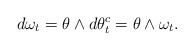
LaTeX: \begin{align*}d\omega _{t}=\theta \wedge d\theta _{t}^{c}=\theta \wedge \omega _{t}.\end{align*}